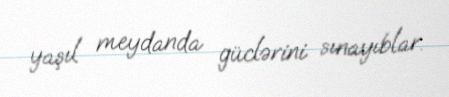
yaşıl meydanda güclərini sınayıblar.